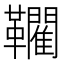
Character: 𲊡